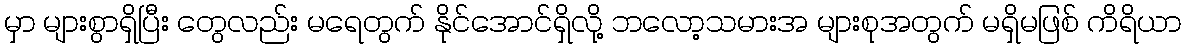
မှာ များစွာရှိပြီး တွေလည်း မရေတွက် နိုင်အောင်ရှိလို့ ဘလော့သမားအ များစုအတွက် မရှိမဖြစ် ကိရိယာ